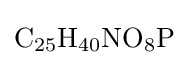
{\mathrm {C} {\vphantom {A}}_{\smash[{t}]{25}}\mathrm {H} {\vphantom {A}}_{\smash[{t}]{40}}\mathrm {NO} {\vphantom {A}}_{\smash[{t}]{8}}\mathrm {P} }